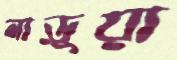
লাড়ুয়া